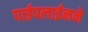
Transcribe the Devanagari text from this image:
पाईपलाईनने